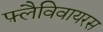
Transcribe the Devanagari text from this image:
फ़्लैविवायरस